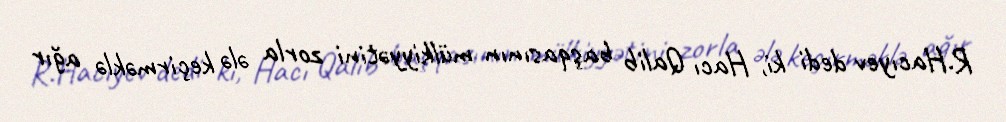
R.Hacıyev dedi ki, Hacı Qalib başqasının mülkiyyətini zorla ələ keçirməklə ağır